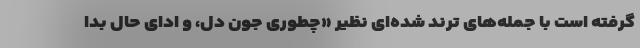
گرفته است با جمله‌های ترند شده‌ای نظیر «چطوری جون دل، و ادای حال بدا